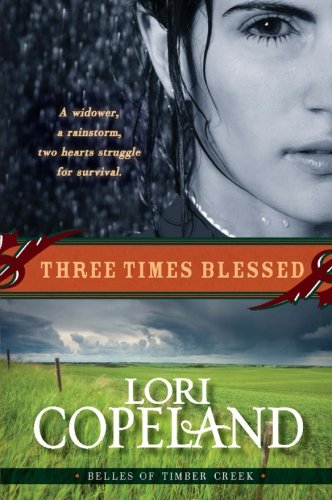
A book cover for Three Times Blessed Three Times Blessed (Belles of Timber Creek); Lori Copeland; Religion & Spirituality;